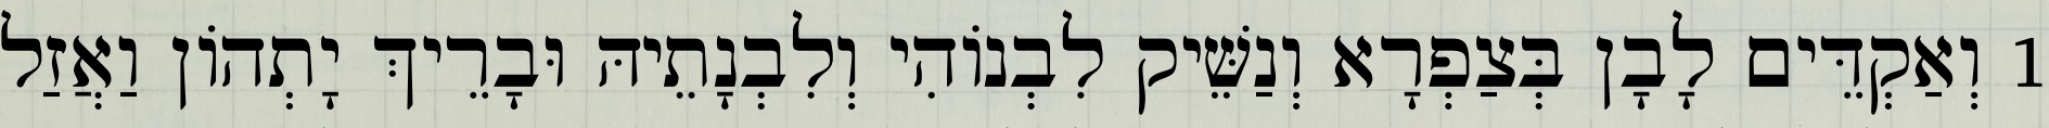
1 וְאַקְדֵּים לָבָן בְּצַפְרָא וְנַשֵּׁיק לִבְנוֹהִי וְלִבְנָתֵיהּ וּבָרֵיךְ יָתְהוֹן וַאֲזַל